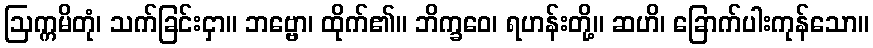
ဩက္ကမိတုံ၊ သက်ခြင်းငှာ။ ဘဗ္ဗော၊ ထိုက်၏။ ဘိက္ခဝေ၊ ရဟန်းတို့။ ဆဟိ၊ ခြောက်ပါးကုန်သော။